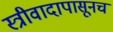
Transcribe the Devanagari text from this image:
स्त्रीवादापासूनच